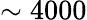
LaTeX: \sim 4000